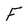
Character: F